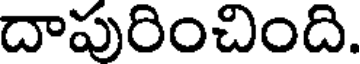
దాపురించింది.